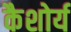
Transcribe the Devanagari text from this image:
कैशोर्य